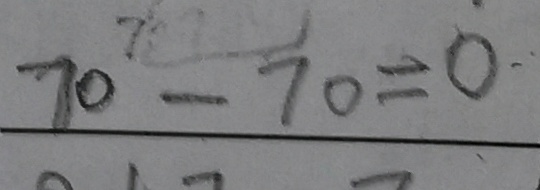
7 0 - 7 0 = 0